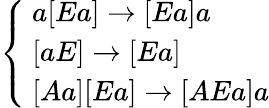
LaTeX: \left\{ \begin{array}{ll}{\ a[Ea]\rightarrow[Ea]a}\\ {\ [aE]\rightarrow[Ea]}\\ {\ [Aa][Ea]\rightarrow[AEa]a}\end{array}\right.